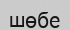
шөбе